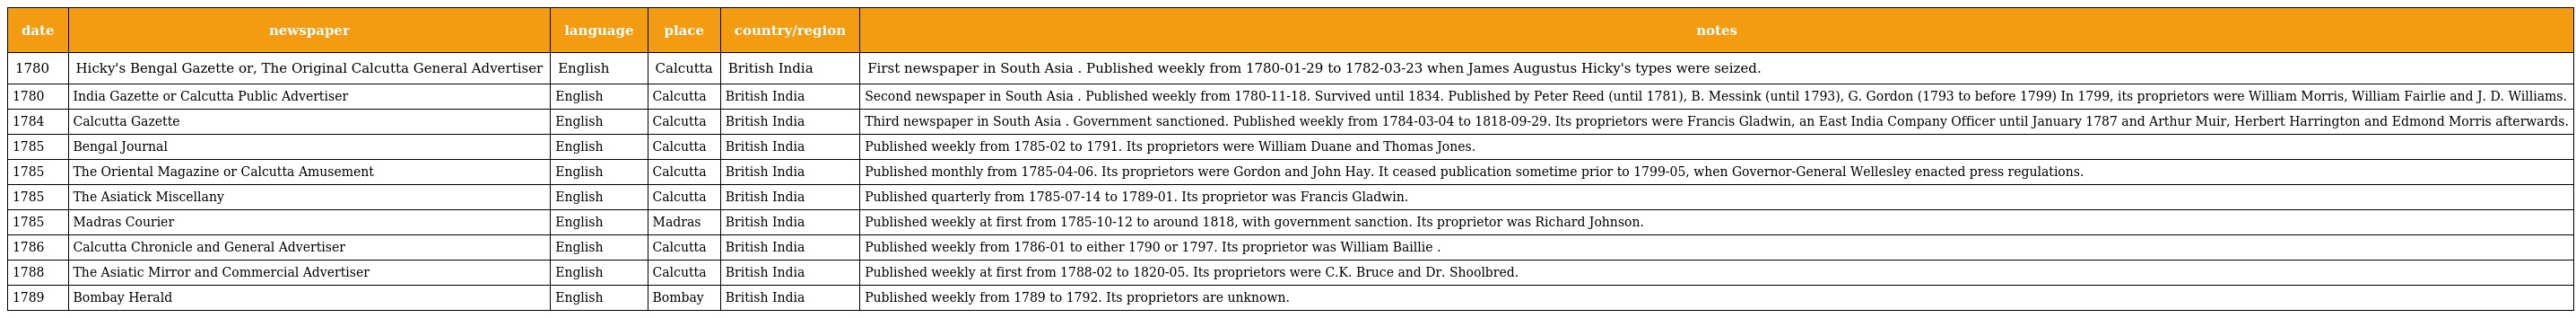
| date | newspaper | language | place | country/region | notes |
 | --- | --- | --- | --- | --- | --- |
 | 1780 | Hicky's Bengal Gazette or, The Original Calcutta General Advertiser | English | Calcutta | British India | First newspaper in South Asia . Published weekly from 1780-01-29 to 1782-03-23 when James Augustus Hicky's types were seized. |
 | 1780 | India Gazette or Calcutta Public Advertiser | English | Calcutta | British India | Second newspaper in South Asia . Published weekly from 1780-11-18. Survived until 1834. Published by Peter Reed (until 1781), B. Messink (until 1793), G. Gordon (1793 to before 1799) In 1799, its proprietors were William Morris, William Fairlie and J. D. Williams. |
 | 1784 | Calcutta Gazette | English | Calcutta | British India | Third newspaper in South Asia . Government sanctioned. Published weekly from 1784-03-04 to 1818-09-29. Its proprietors were Francis Gladwin, an East India Company Officer until January 1787 and Arthur Muir, Herbert Harrington and Edmond Morris afterwards. |
 | 1785 | Bengal Journal | English | Calcutta | British India | Published weekly from 1785-02 to 1791. Its proprietors were William Duane and Thomas Jones. |
 | 1785 | The Oriental Magazine or Calcutta Amusement | English | Calcutta | British India | Published monthly from 1785-04-06. Its proprietors were Gordon and John Hay. It ceased publication sometime prior to 1799-05, when Governor-General Wellesley enacted press regulations. |
 | 1785 | The Asiatick Miscellany | English | Calcutta | British India | Published quarterly from 1785-07-14 to 1789-01. Its proprietor was Francis Gladwin. |
 | 1785 | Madras Courier | English | Madras | British India | Published weekly at first from 1785-10-12 to around 1818, with government sanction. Its proprietor was Richard Johnson. |
 | 1786 | Calcutta Chronicle and General Advertiser | English | Calcutta | British India | Published weekly from 1786-01 to either 1790 or 1797. Its proprietor was William Baillie . |
 | 1788 | The Asiatic Mirror and Commercial Advertiser | English | Calcutta | British India | Published weekly at first from 1788-02 to 1820-05. Its proprietors were C.K. Bruce and Dr. Shoolbred. |
 | 1789 | Bombay Herald | English | Bombay | British India | Published weekly from 1789 to 1792. Its proprietors are unknown. |